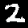
Label: 2